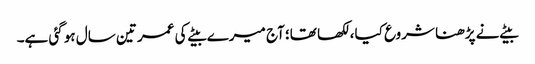
بیٹے نے پڑھنا شروع کیا، لکھا تھا؛ آج میرے بیٹے کی عمر تین سال ہو گئی ہے۔